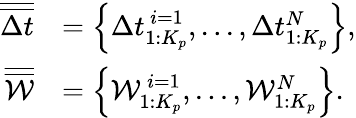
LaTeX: \begin{array}{rl}{\overline{{\overline{{\Delta t}}}}}&{=\left\{ \Delta t_{1:K_{p}}^{\, i=1},...,\Delta t_{1:K_{p}}^{N}\right\} ,}\\ {\overline{{\overline{{\mathcal{W}}}}}}&{=\left\{ \mathcal{W}_{1:K_{p}}^{\, i=1},...,\mathcal{W}_{1:K_{p}}^{N}\right\} .}\end{array}